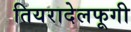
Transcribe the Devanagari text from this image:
तियरादेलफूगी